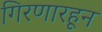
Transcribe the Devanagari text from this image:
गिरणारहून